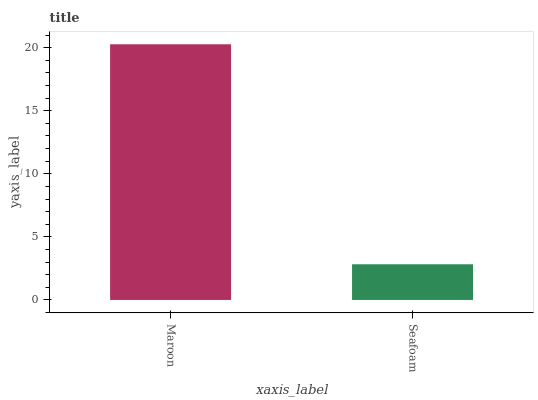
| xaxis_label | bars |
 | --- | --- |
 | Maroon | 20.3 |
 | Seafoam | 2.83 |